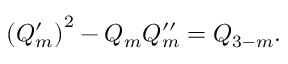
\left( Q _ { m } ^ { \prime } \right) ^ { 2 } - Q _ { m } Q _ { m } ^ { \prime \prime } = Q _ { 3 - m } .